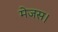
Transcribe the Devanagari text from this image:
मेजस।